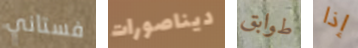
فستاني ديناصورات طوابق إذا